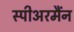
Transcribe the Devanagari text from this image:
स्पीअरमैंन